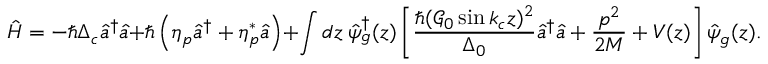
\hat { H } = - \hbar \Delta _ { c } \hat { a } ^ { \dagger } \hat { a } + \hbar \left( \eta _ { p } \hat { a } ^ { \dagger } + \eta _ { p } ^ { * } \hat { a } \right) + \int d z \ \hat { \psi } _ { g } ^ { \dagger } ( z ) \left[ \frac { \hbar ( \mathcal { G } _ { 0 } \sin k _ { c } z ) ^ { 2 } } { \Delta _ { 0 } } \hat { a } ^ { \dagger } \hat { a } + \frac { p ^ { 2 } } { 2 M } + V ( z ) \right] \hat { \psi } _ { g } ( z ) .